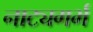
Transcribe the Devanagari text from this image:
नाट्यगर्भ